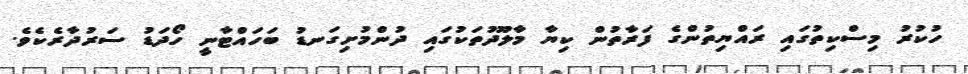
ހުކުރު މިސްކިތުގައި ރައްޔިތުންގެ ފަރާތުން ކިޔާ މާލޫދުތަކުގައި ދުންމުށިގަނޑު ބަހައްޓާނީ ހޯދަޑު ސަރުދާރެކެވެ.